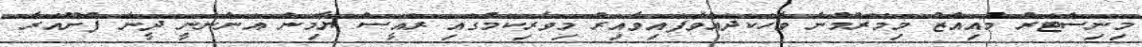
މިނިސްޓަރު މުއިއްޒު މިމޭރުމުން ވާހަކަދައްވާފައިވާއިރު މިވެރިކަމުގައި ރައީސް ޔާމިން އަންނަނީ ދީނާ ފުށޫއަރާ